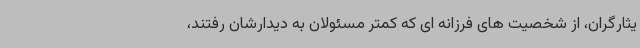
یثارگران، از شخصیت های فرزانه ای که کمتر مسئولان به دیدارشان رفتند،